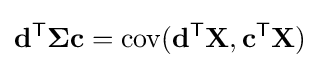
\mathbf {d} ^{\mathsf {T}}{\boldsymbol {\Sigma }}\mathbf {c} =\operatorname {cov} (\mathbf {d} ^{\mathsf {T}}\mathbf {X} ,\mathbf {c} ^{\mathsf {T}}\mathbf {X} )